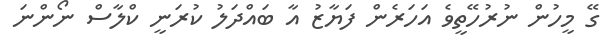
ގޭ މީހުން ނުރުހޭތީވެ އަހަރެން ފަޔާޒު އާ ބައްދަލު ކުރަނީ ކްލާސް ނޯންނަ